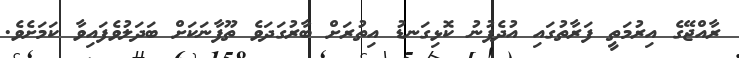
ރާއްޖޭގެ އިރުމަތީ ފަރާތުގައި އުދެފުނު ކޮޅިގަނޑު އިތުރަށް ބާރުގަދަވެ ތޫފާނަކަށް ބަދަލުވެފައިވާ ކަމަށެވެ.